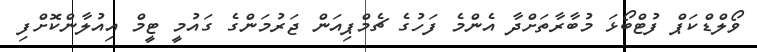
ވޯލްޑްކަޕް ފުޓްބޯޅަ މުބާރާތަށްދާ އެންމެ ފަހުގެ ޗެމްޕިއަން ޖަރުމަންގެ ގައުމީ ޓީމް އިއުލާންކޮށްފި